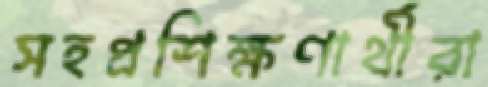
সহপ্রশিক্ষণার্থীরা